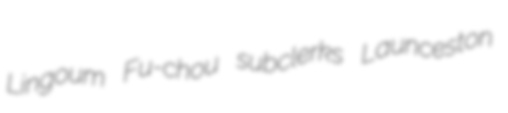
Lingoum Fu-chou subclerks Launceston